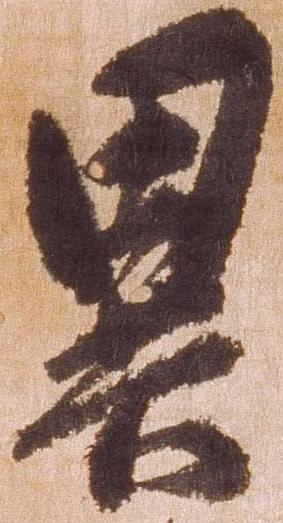
異